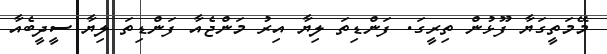
މޭމަތީގަޔާ ފޫޅުން ތިރީގަ. ފަންޑިތަ ލިޔާ އިރު މަންޖެއާ ފަންޑިތަ ލިޔާ ސީދީބެއާ